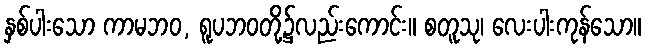
နှစ်ပါးသော ကာမဘဝ, ရူပဘဝတို့၌လည်းကောင်း။ စတူသု၊ လေးပါးကုန်သော။